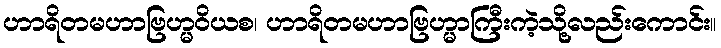
ဟာရိတမဟာဗြဟ္မဝိယစ၊ ဟာရိတမဟာဗြဟ္မာကြီးကဲ့သို့လည်းကောင်း။